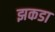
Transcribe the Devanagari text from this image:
झकडा